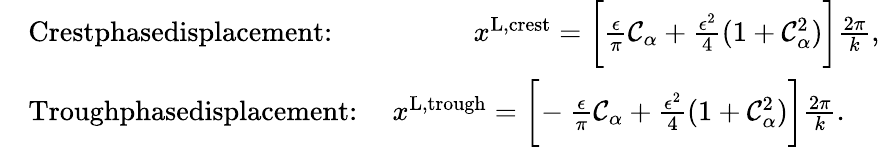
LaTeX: \begin{array}{rl}&{\textrm{Crestphasedisplacement:\, \, \, \, \, \, \, \, \, \, \, \, }x^{\textnormal{L,crest}}=\bigg[\frac{\epsilon}{\pi}\mathcal{C}_{\alpha}+\frac{\epsilon^{2}}{4}(1+\mathcal{C}_{\alpha}^{2})\bigg]\frac{2\pi}{k},}\\ &{\textrm{Troughphasedisplacement:\, \, \, }x^{\textnormal{L,trough}}=\bigg[\! -\frac{\epsilon}{\pi}\mathcal{C}_{\alpha}+\frac{\epsilon^{2}}{4}(1+\mathcal{C}_{\alpha}^{2})\bigg]\frac{2\pi}{k}.}\end{array}